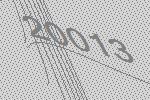
20013